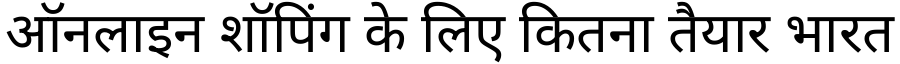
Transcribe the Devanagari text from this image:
ऑनलाइन शॉपिंग के लिए कितना तैयार भारत